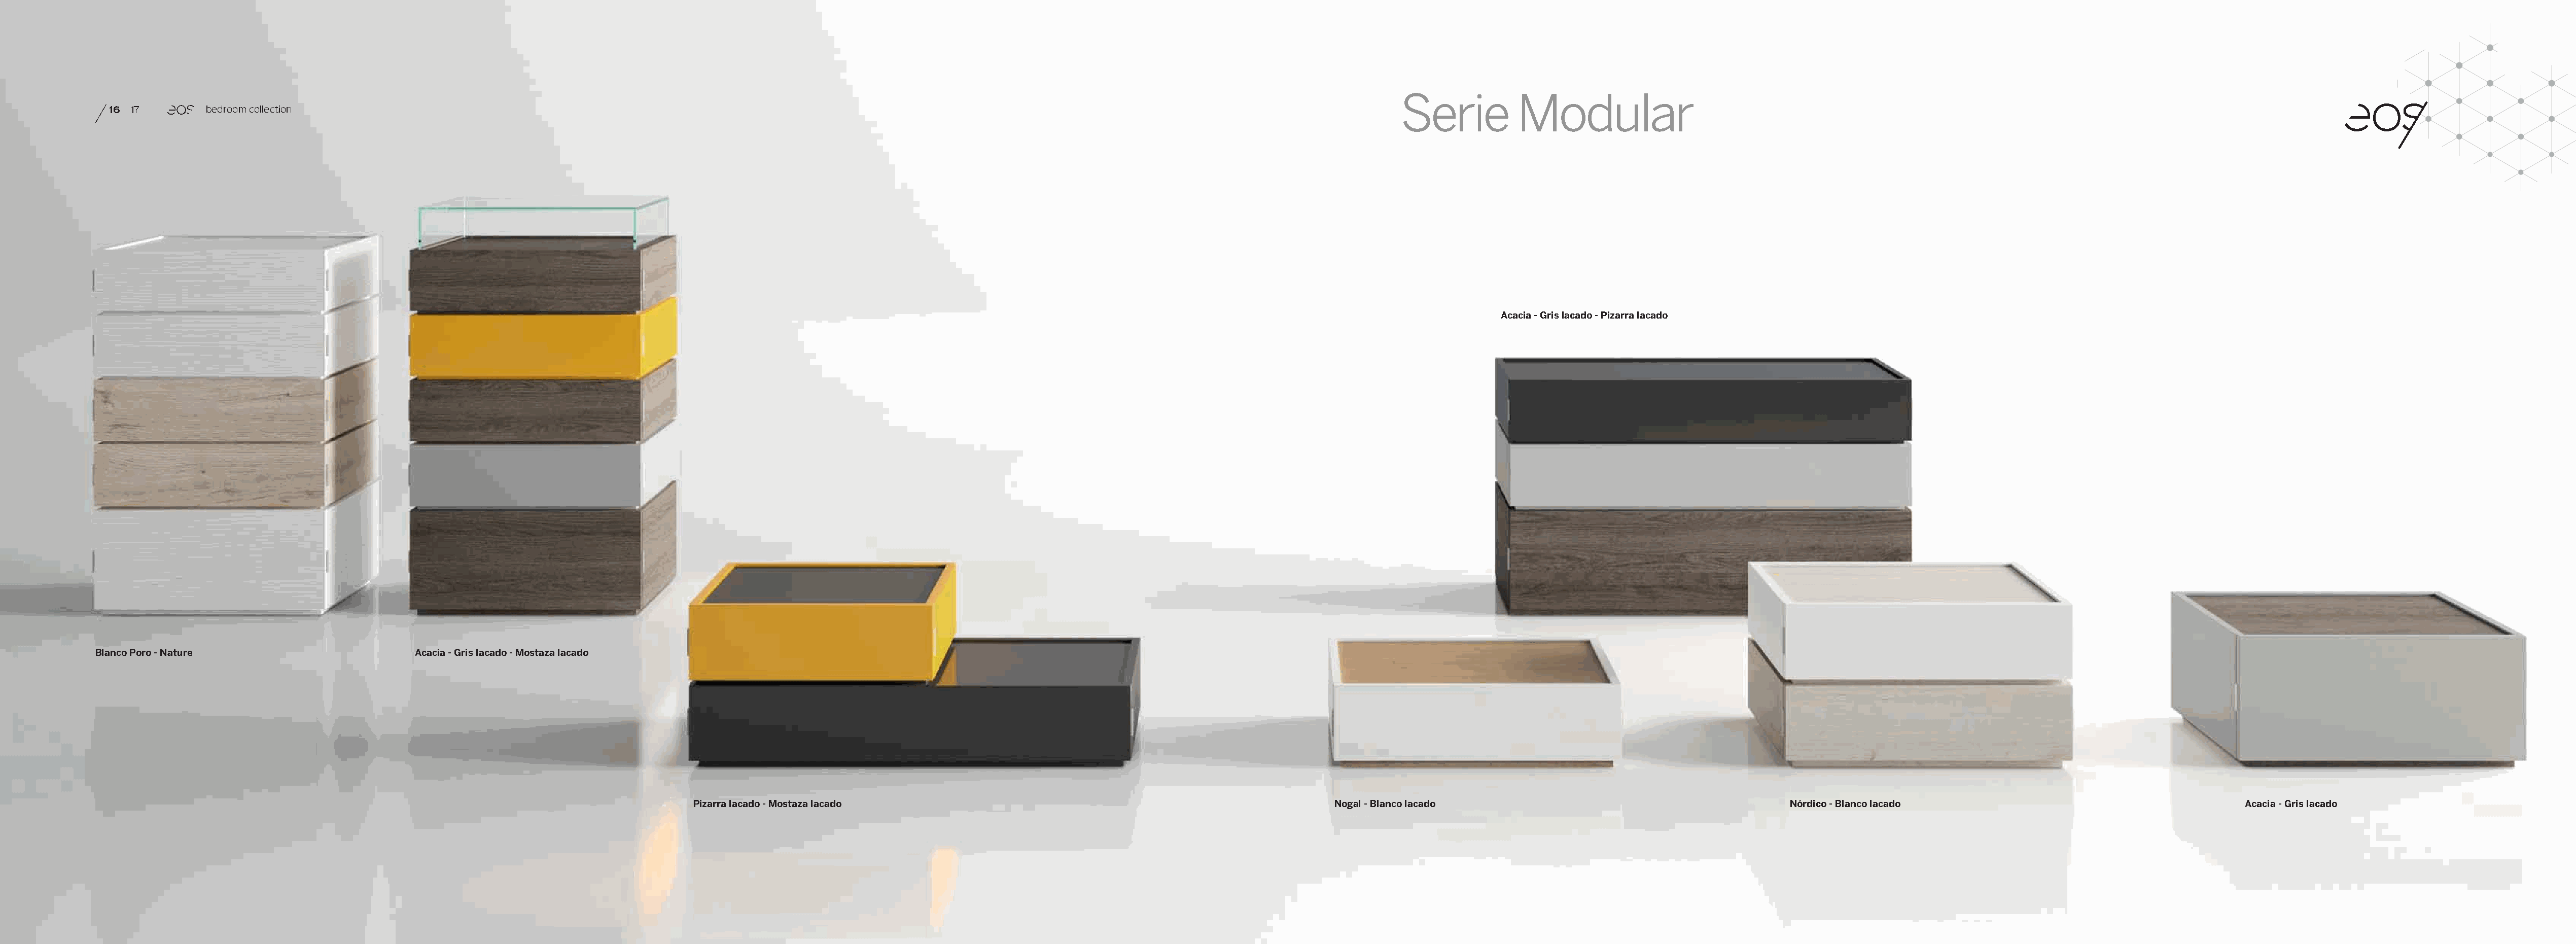
Serie          Modular
 16 17        bedroom collection
 Acacia - Gris lacado - Pizarra lacado
 Blanco Poro - Nature                      Acacia - Gris lacado - Mostaza lacado
 Pizarra lacado - Mostaza lacado                                                    Nogal - Blanco lacado                                       Nórdico - Blanco lacado                                    Acacia - Gris lacado